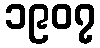
၁၉၀၇